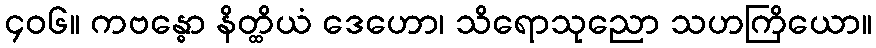
၄၀၆။ ကဗန္ဓော နိတ္ထိယံ ဒေဟော၊ သိရောသုညော သဟကြိယော။